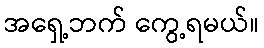
အရှေ့ဘက် ကွေ့ရမယ်။